Morphology and life history of Herpetomonas culicis, Novy, MacNeal and Torrey - Number 57
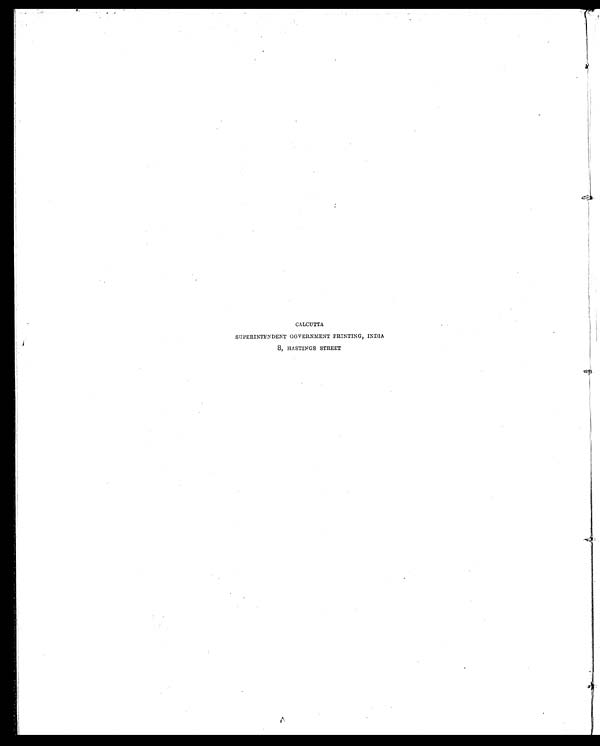
CALCUTTA
SUPERINTENDENT GOVERNMENT PRINTING, INDIA
8, HASTINGS STREET